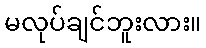
မလုပ်ချင်ဘူးလား။